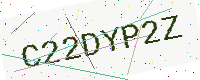
Text: C22DYP2Z